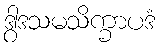
ဒွါဒသမသိက္ခာပဒံ